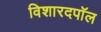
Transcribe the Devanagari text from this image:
विशारदपॉल